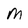
Character: M